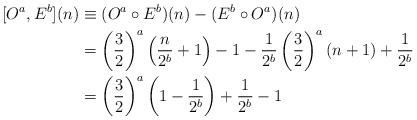
LaTeX: \begin{align*}[O^a,E^b](n) &\equiv (O^a \circ E^b)(n)-(E^b \circ O^a)(n)\\&=\left(\frac{3}{2}\right)^a \left(\frac{n}{2^b}+1\right)-1 - \frac{1}{2^b} \left(\frac{3}{2}\right)^a (n+1) + \frac{1}{2^b}\\&=\left(\frac{3}{2}\right)^a\left(1-\frac{1}{2^b}\right)+\frac{1}{2^b}-1\end{align*}